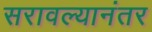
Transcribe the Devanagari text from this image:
सरावल्यानंतर